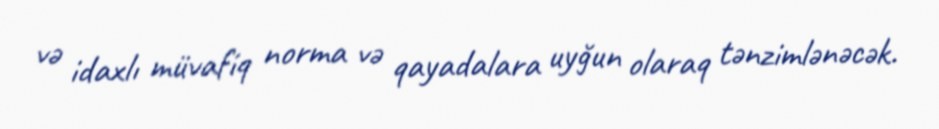
və idaxlı müvafiq norma və qayadalara uyğun olaraq tənzimlənəcək.